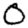
Digit: 0